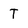
Character: T